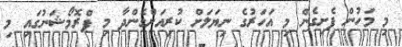
މި މަހުން ފެށިގެން މި އަހަރުގެ ނިޔަލަށް ކުރިއަށްގެންދާ މި ޕްރޮމޯޝަނުގައި މި